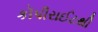
કૉપીરાઈટથી